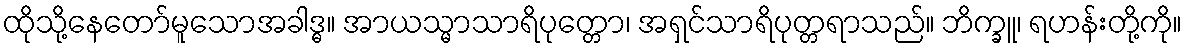
ထိုသို့နေတော်မူသောအခါဒ္ဓ။ အာယသ္မာသာရိပုတ္တော၊ အရှင်သာရိပုတ္တရာသည်။ ဘိက္ခူ၊ ရဟန်းတို့ကို။